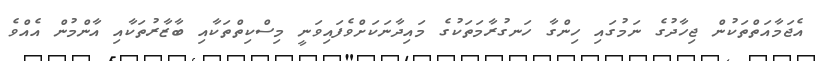
އެޖަމާއަތްތަކުން ޖިހާދުގެ ނަމުގައި ހިންގާ ހަނގުރާމަތަކުގެ މައިދާނަކަށްވެފައިވަނީ މިސްކިތްތަކާއި ބާޒާރުތަކާއި އާންމުން އެއްވެ